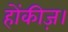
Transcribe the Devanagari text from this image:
होंकीज़।